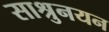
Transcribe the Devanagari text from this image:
साश्रुनयन